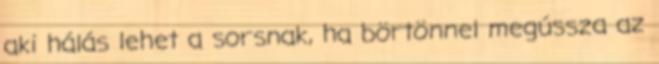
aki hálás lehet a sorsnak, ha börtönnel megússza az